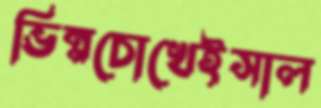
ভিন্নচোখেইসাল